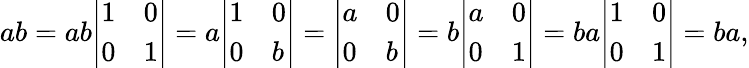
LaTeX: ab=ab{\left|\begin{array}{ll}{1}&{0}\\ {0}&{1}\end{array}\right|}=a{\left|\begin{array}{ll}{1}&{0}\\ {0}&{b}\end{array}\right|}={\left|\begin{array}{ll}{a}&{0}\\ {0}&{b}\end{array}\right|}=b{\left|\begin{array}{ll}{a}&{0}\\ {0}&{1}\end{array}\right|}=ba{\left|\begin{array}{ll}{1}&{0}\\ {0}&{1}\end{array}\right|}=ba,